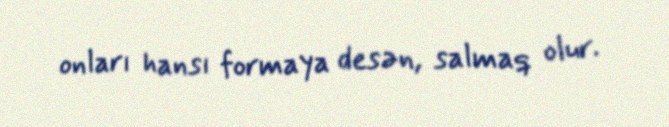
onları hansı formaya desən, salmaq olur.